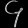
Digit: ၄